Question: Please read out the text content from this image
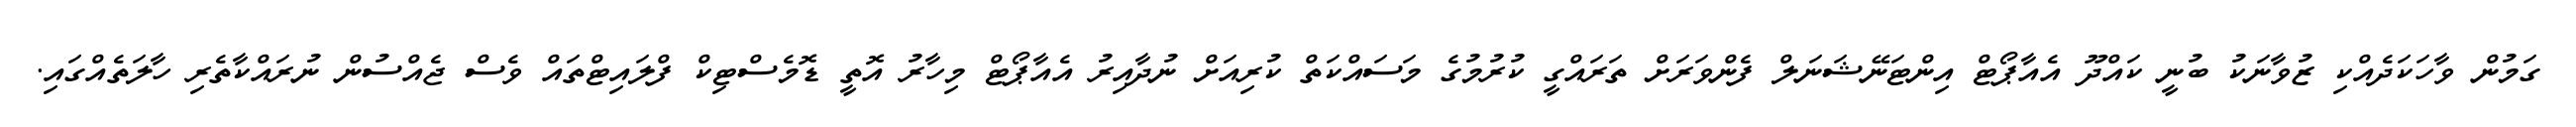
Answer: ގަމުން ވާހަކަދެއްކި ޒުވާނަކު ބުނީ ކައްދޫ އެއާޕޯޓް އިންޓަނޭޝަނަލް ފެންވަރަށް ތަރައްގީ ކުރުމުގެ މަސައްކަތް ކުރިއަށް ނުދާއިރު އެއާޕޯޓް މިހާރު އޮތީ ޑޮމެސްޓިކް ފްލައިޓްތައް ވެސް ޖެއްސުން ނުރައްކާތެރި ހާލަތެއްގައި.